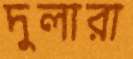
দুলারা